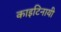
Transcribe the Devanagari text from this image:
काइटिनायी